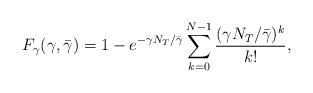
LaTeX: \begin{align*}F_{\gamma}(\gamma, \bar{\gamma})&= 1- e^{-\gamma N_T/\bar{\gamma}}\sum_{k=0}^{N-1}\frac{(\gamma N_T /\bar{\gamma})^k}{k!},\end{align*}